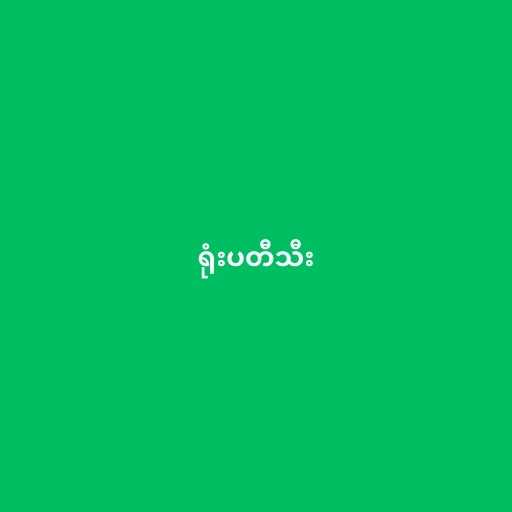
ရုံးပတီသီး